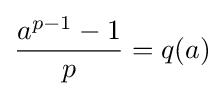
{\frac {a^{p-1}-1}{p}}=q(a)